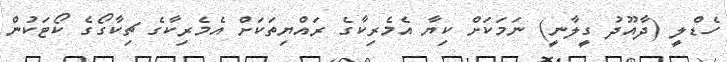
ހެޑްލީ (ދާއޫދު ގީލާނީ) ނަމަކަށް ކިޔާ އެމެރިކާގެ ރައްޔިތަކަށް އެމެރިކާގެ ޗިކާގޯގެ ކޯޓަކުން